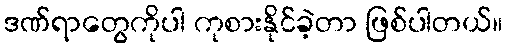
ဒဏ်ရာတွေကိုပါ ကုစားနိုင်ခဲ့တာ ဖြစ်ပါတယ်။